画像に写った文字を読んでください
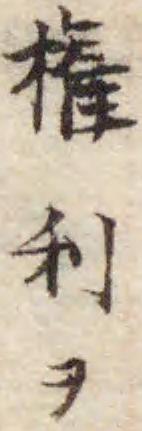
「権利ヲ」と書いてあります